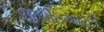
જીસીઇઆરટી